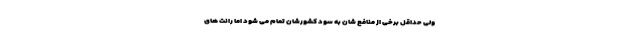
ولی حداقل برخی از منافع شان به سود کشورشان تمام می شود اما رانت های